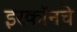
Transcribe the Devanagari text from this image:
इरकॉनचे